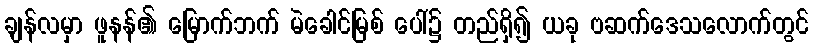
ချန်လမှာ ဖူနန်၏ မြောက်ဘက် မဲခေါင်မြစ် ပေါ်၌ တည်ရှိ၍ ယခု ဗဆက်ဒေသလောက်တွင်